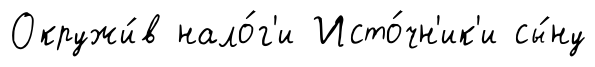
Окружи́в нало́г'и Исто́чн'ик'и сы́ну